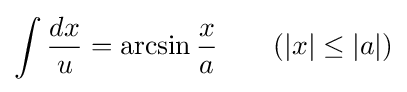
\int {\frac {dx}{u}}=\arcsin {\frac {x}{a}}\qquad {\mbox{(}}|x|\leq |a|{\mbox{)}}